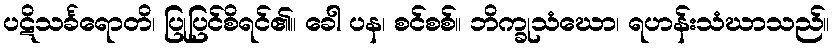
ပဋိသင်္ခရောတိ၊ ပြုပြင်စိရင်၏။ ခေါ ပန၊ စင်စစ်။ ဘိက္ခုသံဃော၊ ရဟန်းသံဃာသည်။